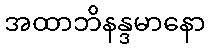
အထာဘိနန္ဒမာနော